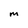
Character: M